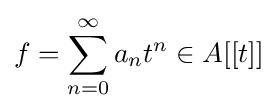
f=\sum _{n=0}^{\infty }a_{n}t^{n}\in A[[t]]